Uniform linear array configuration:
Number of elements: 32
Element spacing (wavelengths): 0.75
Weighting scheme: hamming
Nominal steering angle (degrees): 30
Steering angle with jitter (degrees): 28.533
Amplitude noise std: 0.05
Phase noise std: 0.05

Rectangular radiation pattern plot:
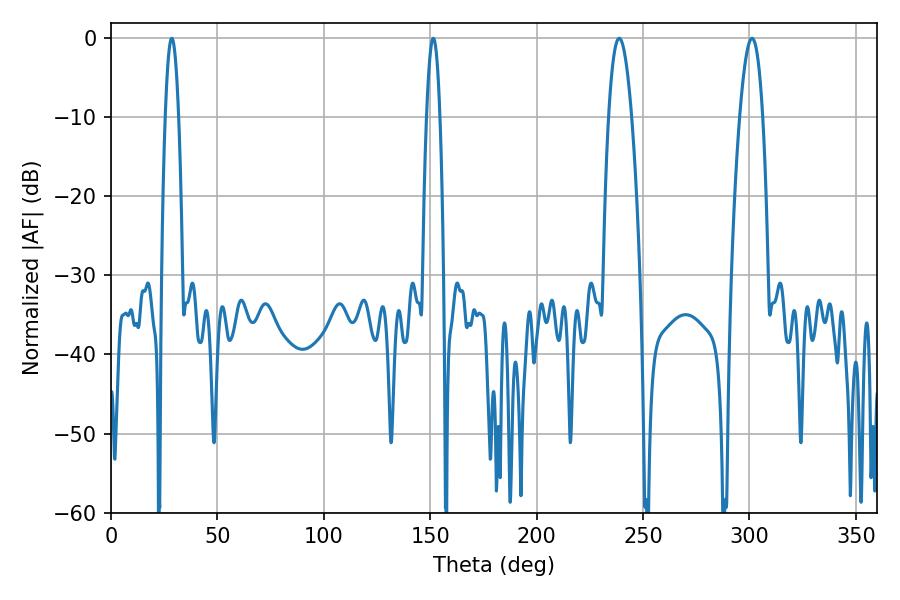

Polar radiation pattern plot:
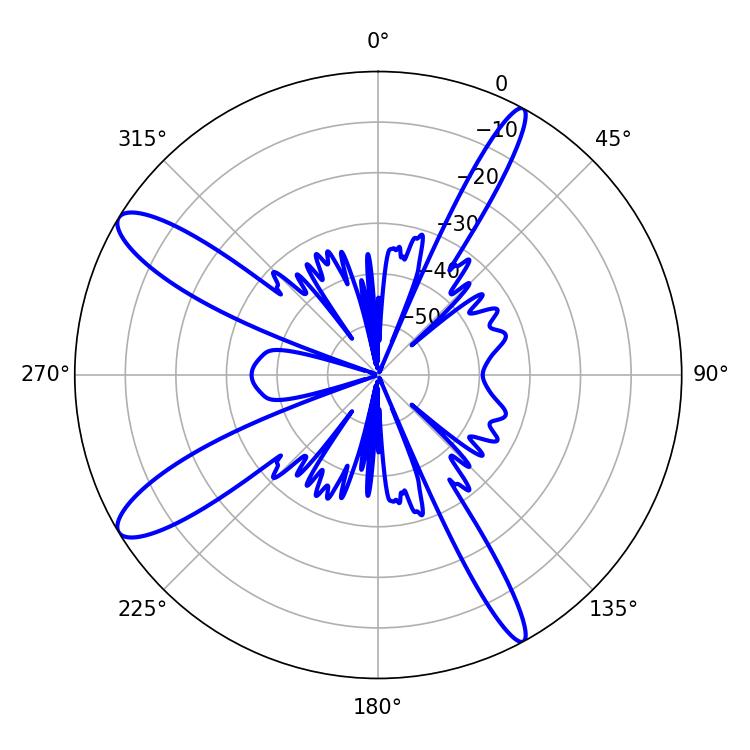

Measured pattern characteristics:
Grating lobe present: TRUE
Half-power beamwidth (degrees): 5.94
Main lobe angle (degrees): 238.86